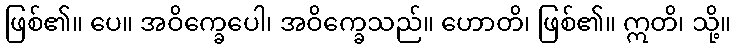
ဖြစ်၏။ ပေ။ အဝိက္ခေပေါ၊ အဝိက္ခေသည်။ ဟောတိ၊ ဖြစ်၏။ ဣတိ၊ သို့။